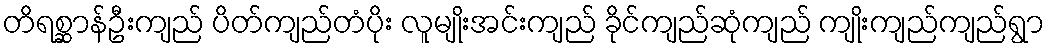
တိရစ္ဆာန်ဦးကျည် ပိတ်ကျည်တံပိုး လူမျိုးအင်းကျည် ခိုင်ကျည်ဆုံကျည် ကျိုးကျည်ကျည်ရွာ